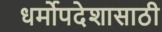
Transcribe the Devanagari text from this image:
धर्मोपदेशासाठी